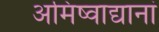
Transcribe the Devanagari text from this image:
अमिष्वाद्यानां